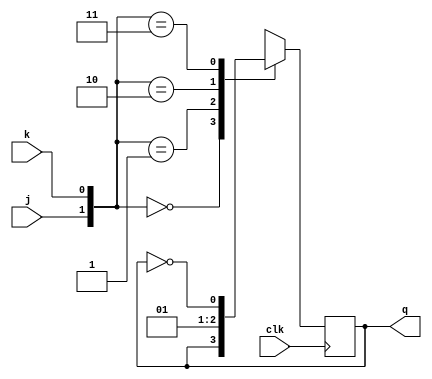
module jk_ff ( input j,k,clk, output reg q);    
  
   always @ (posedge clk)  
      case ({j,k})  
         2'b00 :  q <= q;  
         2'b01 :  q <= 0;  
         2'b10 :  q <= 1;  
         2'b11 :  q <= ~q;  
      endcase  
endmodule